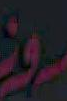
روز